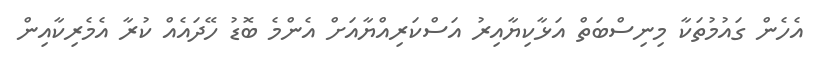
އެހެން ގައުމުތަކާ މިނިސްބަތް އަޅާކިޔާއިރު އަސްކަރިއްޔާއަށް އެންމެ ބޮޑު ހޭދައެއް ކުރާ އެމެރިކާއިން